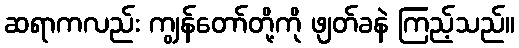
ဆရာကလည်း ကျွန်တော်တို့ကို ဖျတ်ခနဲ ကြည့်သည်။